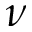
\nu